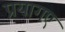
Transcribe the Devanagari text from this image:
प्रयागए